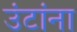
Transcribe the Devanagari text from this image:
उंटांना